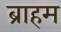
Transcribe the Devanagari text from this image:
ब्राहम